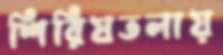
শিরিষতলায়